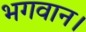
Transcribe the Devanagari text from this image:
भगवान।